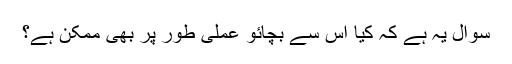
سوال یہ ہے کہ کیا اس سے بچائو عملی طور پر بھی ممکن ہے؟